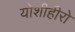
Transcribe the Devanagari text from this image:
योशीहीरो